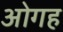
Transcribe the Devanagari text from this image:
ओगह